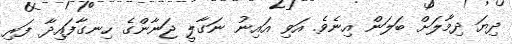
ދިޔަ ދިމާލަށް ބަލަން އިނެވެ. އަވިި އައިނު ނަގާލީ ޖަނާންގެ ހިނގާފައިދާ ފަރި